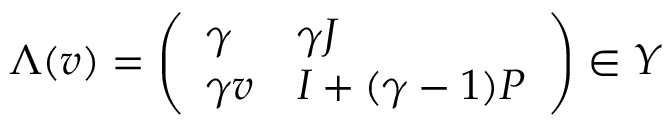
\Lambda ( v ) = \left( \begin{array} { l l } { \gamma } & { \gamma J } \\ { \gamma v } & { I + ( \gamma - 1 ) P } \end{array} \right) \in Y